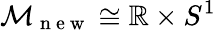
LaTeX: \mathcal{M}_{\mathrm{~n~e~w~}}\cong\mathbb{R}\times S^{1}